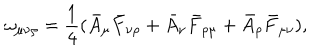
\omega _ { \mu \nu \rho } = \frac { 1 } { 4 } ( \bar { A } _ { \mu } \bar { F } _ { \nu \rho } + \bar { A } _ { \nu } \bar { F } _ { \rho \mu } + \bar { A } _ { \rho } \bar { F } _ { \mu \nu } ) ,